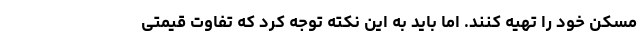
مسکن خود را تهیه کنند. اما باید به این نکته توجه کرد که تفاوت قیمتی